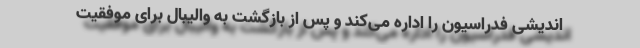
اندیشی فدراسیون را اداره می‌کند و پس از بازگشت به والیبال برای موفقیت